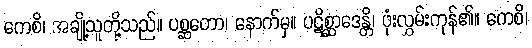
ကေစိ၊ အချို့သူတို့သည်။ ပစ္ဆတော၊ နောက်မှ။ ပဋိစ္ဆာဒေန္တိ၊ ဖုံးလွှမ်းကုန်၏။ ကေစိ၊